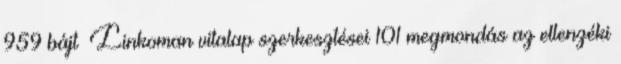
959 bájt ‎Linkoman vitalap szerkesztései 101 megmondás az ellenzéki